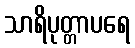
သာရိပုတ္တာပရေ